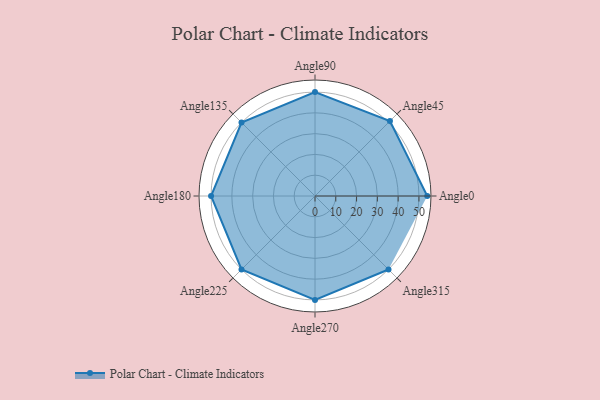
{"axis": {"x": "Angle", "y": "Radius"}, "legend": [""], "data": [{"x": "Angle0", "y": 54.0, "type": ""}, {"x": "Angle45", "y": 51.0, "type": ""}, {"x": "Angle90", "y": 50, "type": ""}, {"x": "Angle135", "y": 50, "type": ""}, {"x": "Angle180", "y": 50, "type": ""}, {"x": "Angle225", "y": 50, "type": ""}, {"x": "Angle270", "y": 50, "type": ""}, {"x": "Angle315", "y": 50, "type": ""}]}